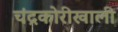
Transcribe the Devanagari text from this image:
चंद्रकोरीखाली